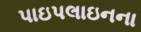
પાઇપલાઇનના